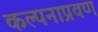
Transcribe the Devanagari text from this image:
कल्पनाप्रवण